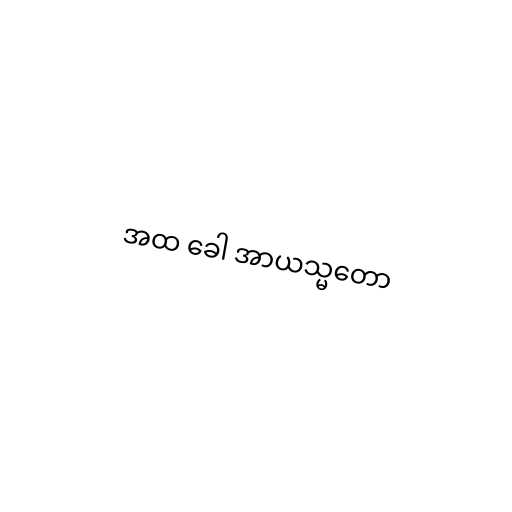
အထ ခေါ အာယသ္မတော